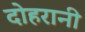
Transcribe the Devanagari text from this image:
दोहरानी